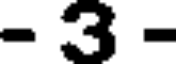
- 3 -